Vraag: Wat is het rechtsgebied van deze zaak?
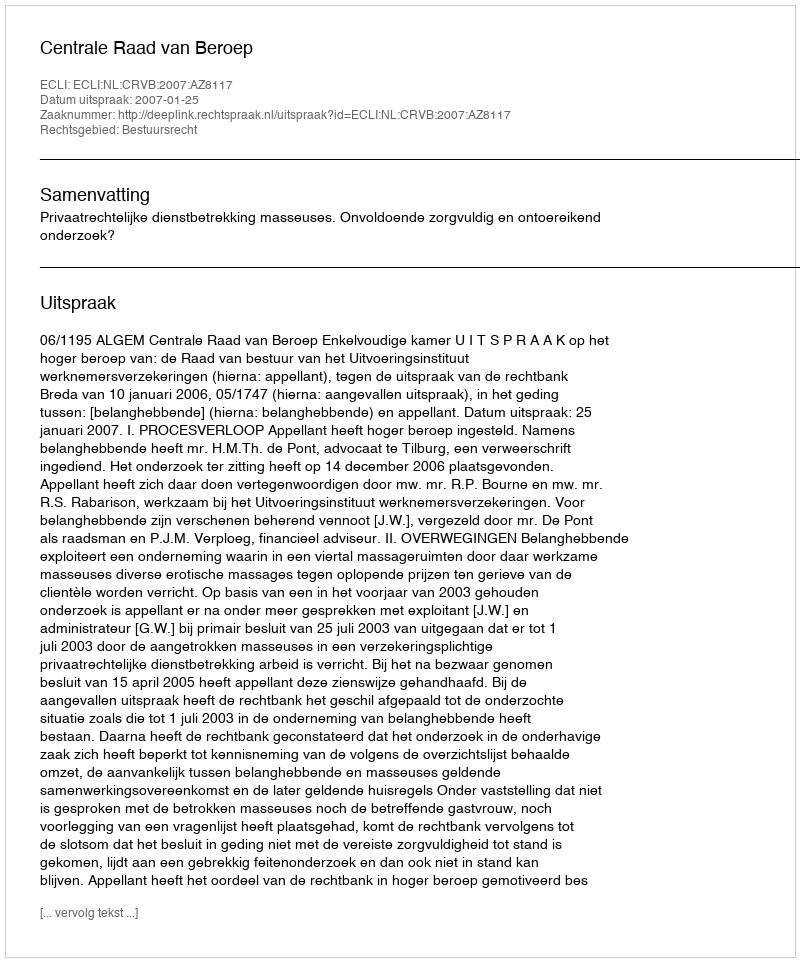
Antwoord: Bestuursrecht